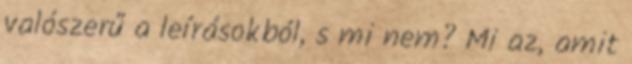
valószerű a leírásokból, s mi nem? Mi az, amit